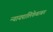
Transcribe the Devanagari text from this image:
न्यायपालिकेबाबत